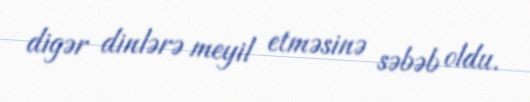
digər dinlərə meyil etməsinə səbəb oldu.